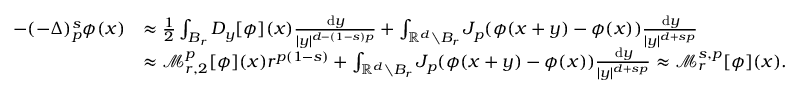
\begin{array} { r l } { - ( - \Delta ) _ { p } ^ { s } \phi ( x ) } & { \approx \frac 1 2 \int _ { B _ { r } } D _ { y } [ \phi ] ( x ) \frac { \, \mathrm { d } y } { | y | ^ { d - ( 1 - s ) p } } + \int _ { \ensuremath { \mathbb { R } } ^ { d } \setminus B _ { r } } J _ { p } ( \phi ( x + y ) - \phi ( x ) ) \frac { \, \mathrm { d } y } { | y | ^ { d + s p } } } \\ & { \approx \mathcal { M } _ { r , 2 } ^ { p } [ \phi ] ( x ) r ^ { p ( 1 - s ) } + \int _ { \ensuremath { \mathbb { R } } ^ { d } \setminus B _ { r } } J _ { p } ( \phi ( x + y ) - \phi ( x ) ) \frac { \, \mathrm { d } y } { | y | ^ { d + s p } } \approx \mathcal { M } _ { r } ^ { s , p } [ \phi ] ( x ) . } \end{array}